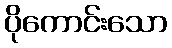
ပိုကောင်းသော